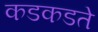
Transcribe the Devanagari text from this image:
कडकडते